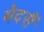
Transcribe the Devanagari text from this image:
मेदसैं